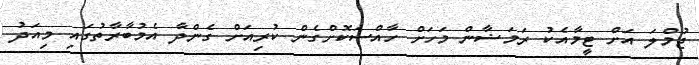
ޖުމްލަ އަށް ޓީމާއެކު ރަމަޟާން މަހަށް ހާއްސަކޮށްގެން ކުރިއަށް ގެންދާ އެމުބާރާތުގައި މިއަދު